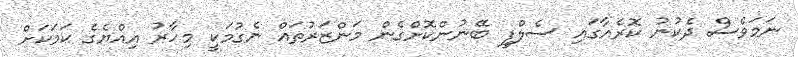
ނަމަވެސް ދެކުނު ކޮރެއާގައި ސެލްފީ ބޭނުންކޮށްގެން މަންޒަރުތައް ނެގުމަކީ މިހާރު އިއްޔެގެ ކަމަކަށް